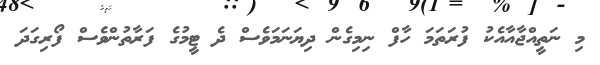
މި ނަތީއްޖާއާއެކު ފުރަތަމަ ހާފް ނިމިގެން ދިޔަނަމަވެސް ދެ ޓީމުގެ ފަރާތުންވެސް ފޯރިގަދަ